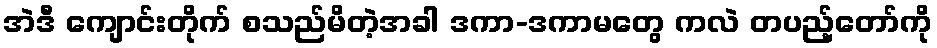
အဲဒီ ကျောင်းတိုက် စသည်မိတဲ့အခါ ဒကာ-ဒကာမတွေ ကလဲ တပည့်တော်ကို